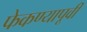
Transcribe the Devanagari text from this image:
फेकण्यापूर्वी